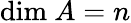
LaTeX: {\mathrm{dim~}}A=n